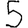
Digit: 5